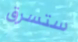
ستسرق